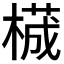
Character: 𬃾